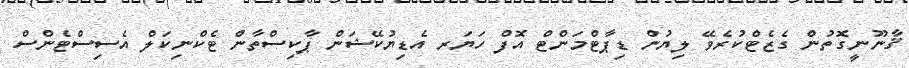
ޤާނޫނީގޮތުން ގެޒެޓްކުރެވޭ ލިޔުން ޑިޕާޓްމަންޓް އޮފް ހަޔަރ އެޑިޔުކޭޝަން ޕާކިސްތާން ޓެކްނިކަލް އެސިސްޓެންސް